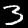
Label: 3